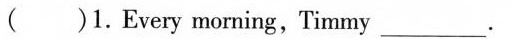
()1.Every morning,Timmy___.